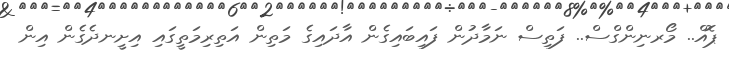
ޕޮއް.. މޯރނިންގްސް.. ފަތިސް ނަމާދުން ފައިބައިގެން އާދައިގެ މަތިން އަތިރިމަތީގައި އިށީނދެގެން އިން